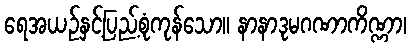
ရေအယဉ်နှင့်ပြည့်စုံကုန်သော။ နာနာဒုမဂဏာကိဏ္ဏာ၊